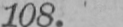
108.